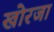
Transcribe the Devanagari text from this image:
खोरजा